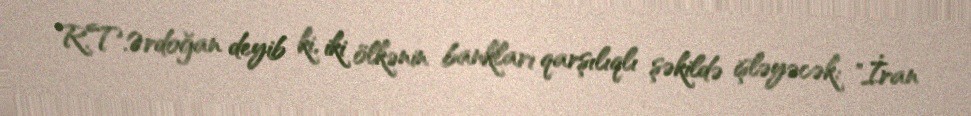
R.T.Ərdoğan deyib ki, iki ölkənin bankları qarşılıqlı şəkildə işləyəcək: "İran